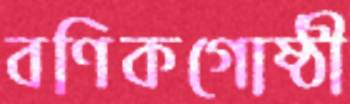
বণিকগোষ্ঠী